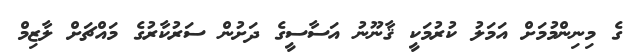
ގެ މިނިންމުމަށް އަމަލު ކުރުމަކީ ޤާނޫނު އަސާސީގެ ދަށުން ސަރުކާރުގެ މައްޗަށް ލާޒިމް